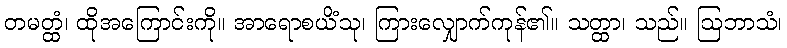
တမတ္ထံ၊ ထိုအကြောင်းကို။ အာရောစယိံသု၊ ကြားလျှောက်ကုန်၏။ သတ္ထာ၊ သည်။ ဩဘာသံ၊